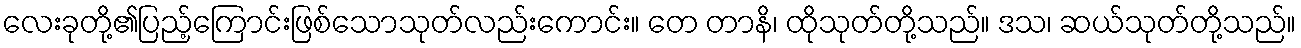
လေးခုတို့၏ပြည့်ကြောင်းဖြစ်သောသုတ်လည်းကောင်း။ တေ တာနိ၊ ထိုသုတ်တို့သည်။ ဒသ၊ ဆယ်သုတ်တို့သည်။